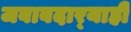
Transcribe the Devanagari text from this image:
जबाबदार्‍याही